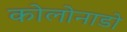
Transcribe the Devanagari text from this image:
कोलोनाडो